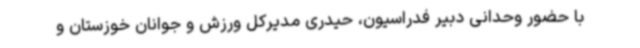
با حضور وحدانی دبیر فدراسیون، حیدری مدیرکل ورزش و جوانان خوزستان و